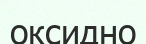
оксидно